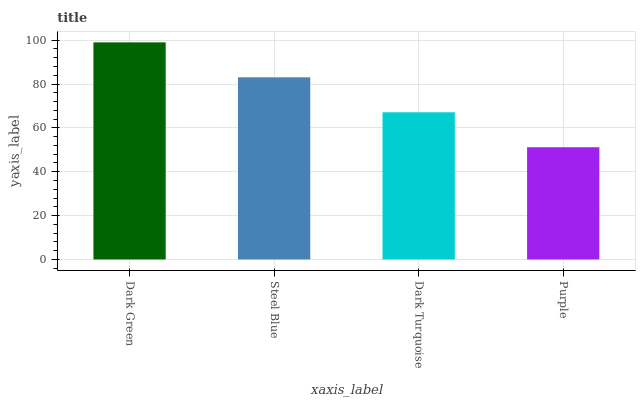
| xaxis_label | bars |
 | --- | --- |
 | Dark Green | 99 |
 | Steel Blue | 83.1 |
 | Dark Turquoise | 67.1 |
 | Purple | 51.2 |